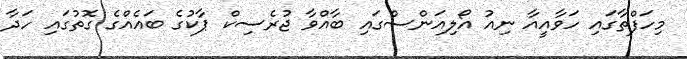
މިހަފްތާގައި ހަވާއީއާ ނިއު އޯލިއަންސްގައި ބާއްވާ ޖުރެސިކް ޕާކުގެ ބައެއްގެ ގޮތުގައި ހަދާ